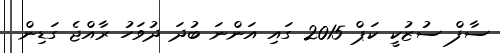
ސާފް ސުޒުކީ ކަޕް 2015 ގައި އަންނަ ބުދަ ދުވަހު ރާއްޖެ ގަޑިން